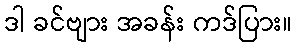
ဒါ ခင်ဗျား အခန်း ကဒ်ပြား။